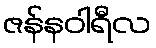
ဇန်နဝါရီလ